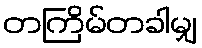
တကြိမ်တခါမျှ